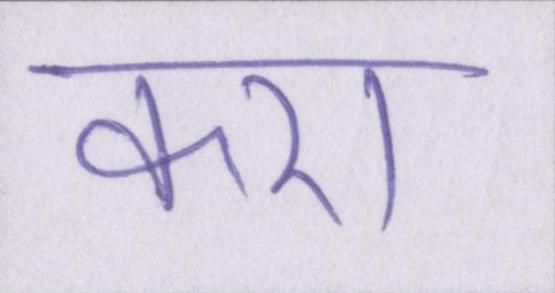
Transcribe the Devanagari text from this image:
करा